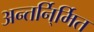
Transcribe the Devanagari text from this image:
अन्तर्नि्र्मित